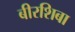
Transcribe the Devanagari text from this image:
बीरशिबा